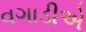
વગાડીએ